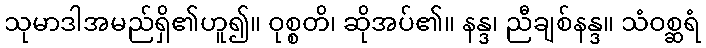
သုမာဒါအမည်ရှိ၏ဟူ၍။ ဝုစ္စတိ၊ ဆိုအပ်၏။ နန္ဒ၊ ညီချစ်နန္ဒ။ သံဝစ္ဆရံ